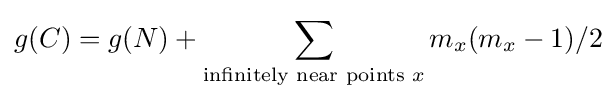
g(C)=g(N)+\sum _{{\text{infinitely near points }}x}m_{x}(m_{x}-1)/2